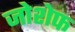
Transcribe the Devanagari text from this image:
जोशेफ